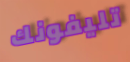
تليفونك